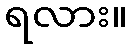
ရလား။